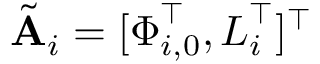
\tilde { \mathbf { A } } _ { i } = [ \boldsymbol { \Phi } _ { i , 0 } ^ { \top } , \boldsymbol { L } _ { i } ^ { \top } ] ^ { \top }